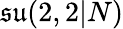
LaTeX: {\mathfrak{su}}(2,2|N)